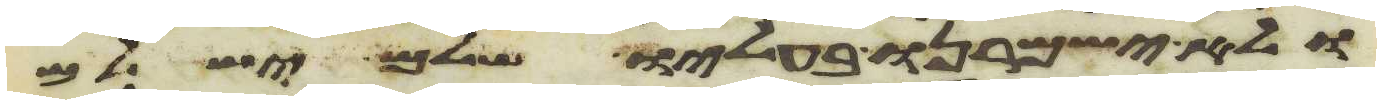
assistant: ולא ישמרנו בעליו שלם ישלם